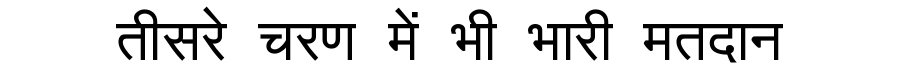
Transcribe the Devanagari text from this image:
तीसरे चरण में भी भारी मतदान